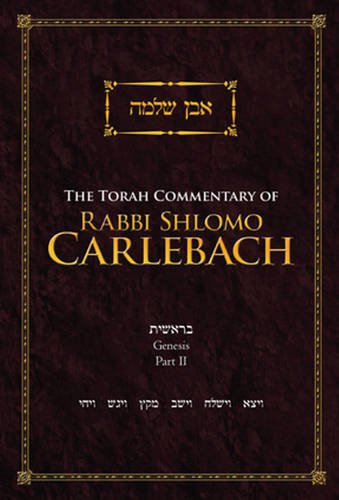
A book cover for The Torah Commentary of Rabbi Shlomo Carlebach: Genesis, Part II; Rabbi Shlomo Carlebach; Religion & Spirituality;